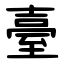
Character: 臺